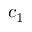
c _ { 1 }